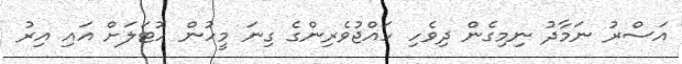
އަސްރު ނަމާދު ނިމިގެން ދިވެހި ހައްޖުވެރިންގެ ގިނަ މީހުން ހޮޓަލަށް އައި އިރު